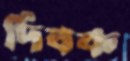
দিবক